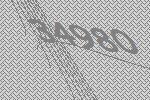
34980